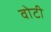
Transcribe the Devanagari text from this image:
वोटी